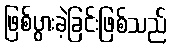
ဖြစ်ပွားခဲ့ခြင်းဖြစ်သည်